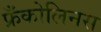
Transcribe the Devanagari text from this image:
फ्रँकोलिनस